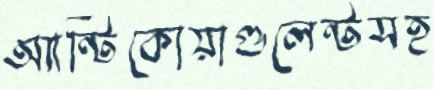
অ্যান্টিকোয়াগুলেন্টসহ